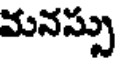
మనస్సు